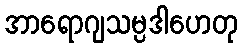
အာရောဂျသမ္ပဒါဟေတု